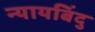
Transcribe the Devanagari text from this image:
न्यायबिंदु